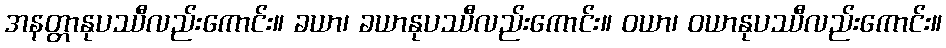
အနတ္တာနုပဿီလည်းကောင်း။ ခယာ၊ ခယာနုပဿီလည်းကောင်း။ ဝယာ၊ ဝယာနုပဿီလည်းကောင်း။